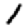
Digit: 1